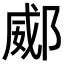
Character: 𨜠